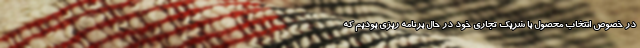
در خصوص انتخاب محصول با شریک تجاری خود در حال برنامه ریزی بودیم که